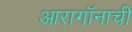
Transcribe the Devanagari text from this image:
आरागॉनाची